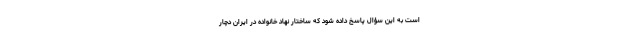
است به این سؤال پاسخ داده شود که ساختار نهاد خانواده در ایران دچار